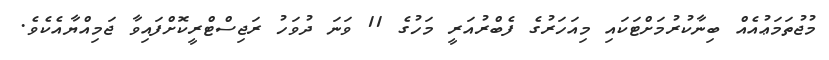
މުޖުތަމަޢުއެއް ބިނާކުރުމަށްޓަކައި މިއަހަރުގެ ފެބްރުއަރީ މަހުގެ 11 ވަނަ ދުވަހު ރަޖިސްޓްރީކޮށްފައިވާ ޖަމިއްޔާއެކެވެ.